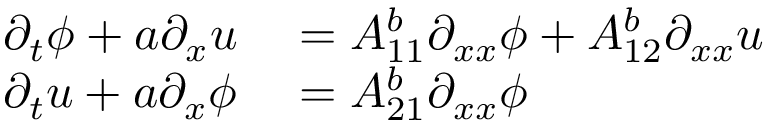
\begin{array} { r l } { \partial _ { t } \phi + a \partial _ { x } u } & { { } = A _ { 1 1 } ^ { b } \partial _ { x x } \phi + A _ { 1 2 } ^ { b } \partial _ { x x } u } \\ { \partial _ { t } u + a \partial _ { x } \phi } & { { } = A _ { 2 1 } ^ { b } \partial _ { x x } \phi } \end{array}